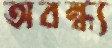
অবন্ধ্য